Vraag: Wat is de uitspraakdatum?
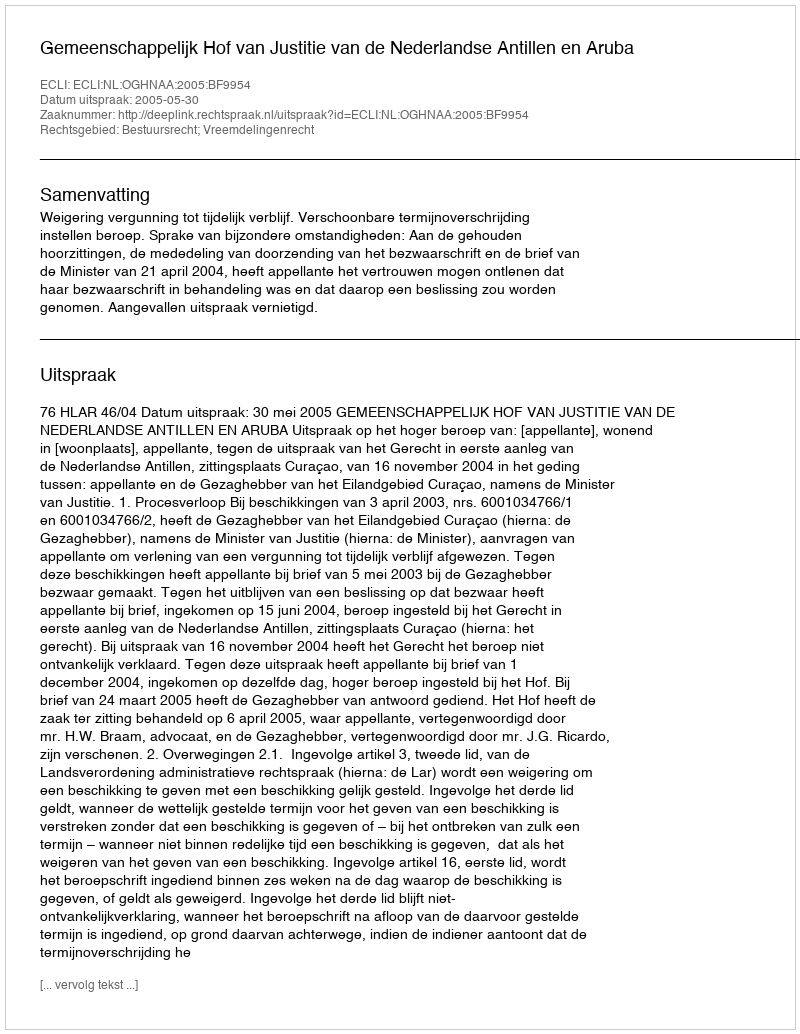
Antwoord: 2005-05-30